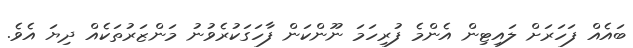
ބައެއް ފަހަރަށް ލައިޓިން އެންމެ ފުރިހަމަ ނޫންކަން ފާހަގަކުރެވުނު މަންޒަރުތަކެއް ދިޔަ އެވެ.